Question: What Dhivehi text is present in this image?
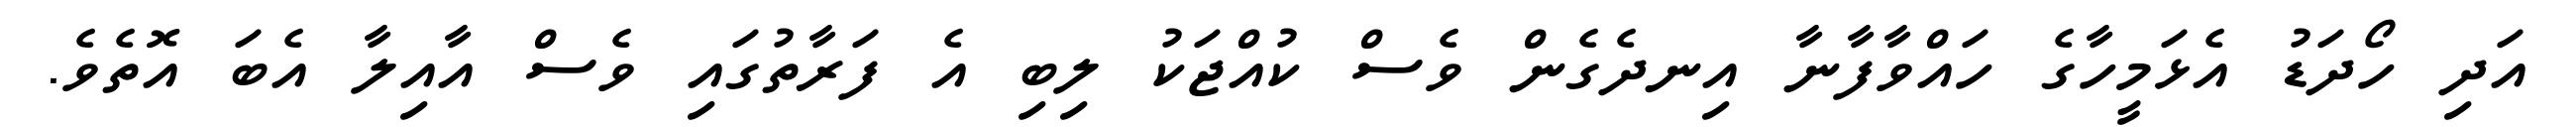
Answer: އަދި ހޯދަޑު އެޅަމީހާގެ ހައްވާފާނާ އިނދެގެން ވެސް ކުއްޖަކު ލިބި އެ ފަރާތުގައި ވެސް އާއިލާ އެބަ އޮތެވެ.